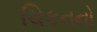
ચિકનનો